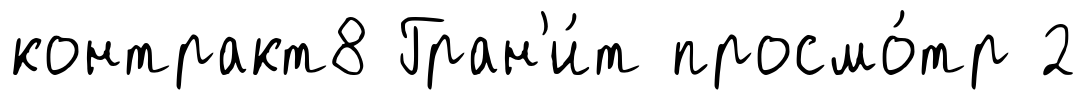
контракт8 Гран'и́т просмо́тр 2